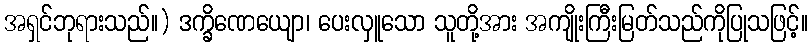
အရှင်ဘုရားသည်။) ဒက္ခိဏေယျော၊ ပေးလှူသော သူတို့အား အကျိုးကြီးမြတ်သည်ကိုပြုသဖြင့်။